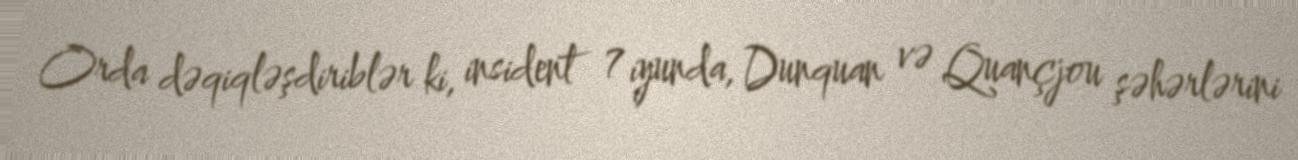
Orda dəqiqləşdiriblər ki, insident 7 iyunda, Dunquan və Quançjou şəhərlərini